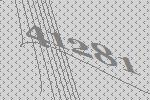
41281